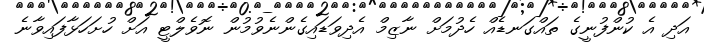
އަދި އެ ކުންފުނީގެ ތައްގަނޑެއް ހެދުމަށް ނާޒިމް އެދިވަޑައިގެންނެވުމުން ނޮވެލްޓީ އަށް ހުށަހަޅާފައިވާނެ